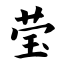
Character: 莹